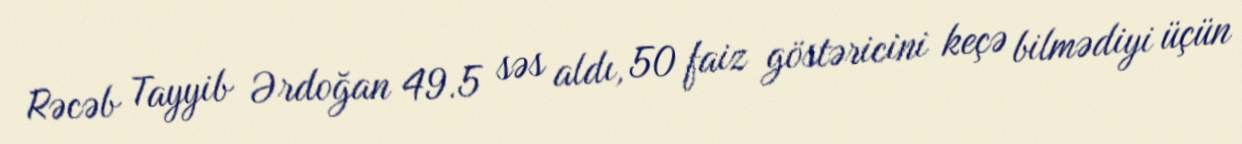
Rəcəb Tayyib Ərdoğan 49.5 səs aldı, 50 faiz göstəricini keçə bilmədiyi üçün